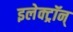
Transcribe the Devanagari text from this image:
इलेक्ट्रॉन्